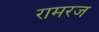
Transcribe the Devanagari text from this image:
रामरज